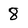
Character: 8